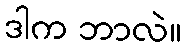
ဒါက ဘာလဲ။